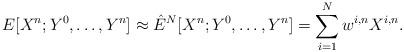
LaTeX: \begin{align*} E[X^n;Y^0,\ldots,Y^n] \approx \hat{E}^{N}[X^n;Y^0,\ldots,Y^n] = \sum_{i=1}^N w^{i, n}X^{i, n}.\end{align*}